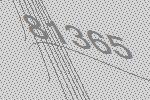
81365